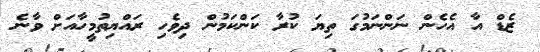
ޒެޑް އާ އެހެން ނަންނަމުގަ ތިޔަ ކުރާ ކަންކަމުން ދިވެހި ރައްޔިތުމީހާއަށް ވާނެ